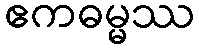
ဧကဓမ္မဿ